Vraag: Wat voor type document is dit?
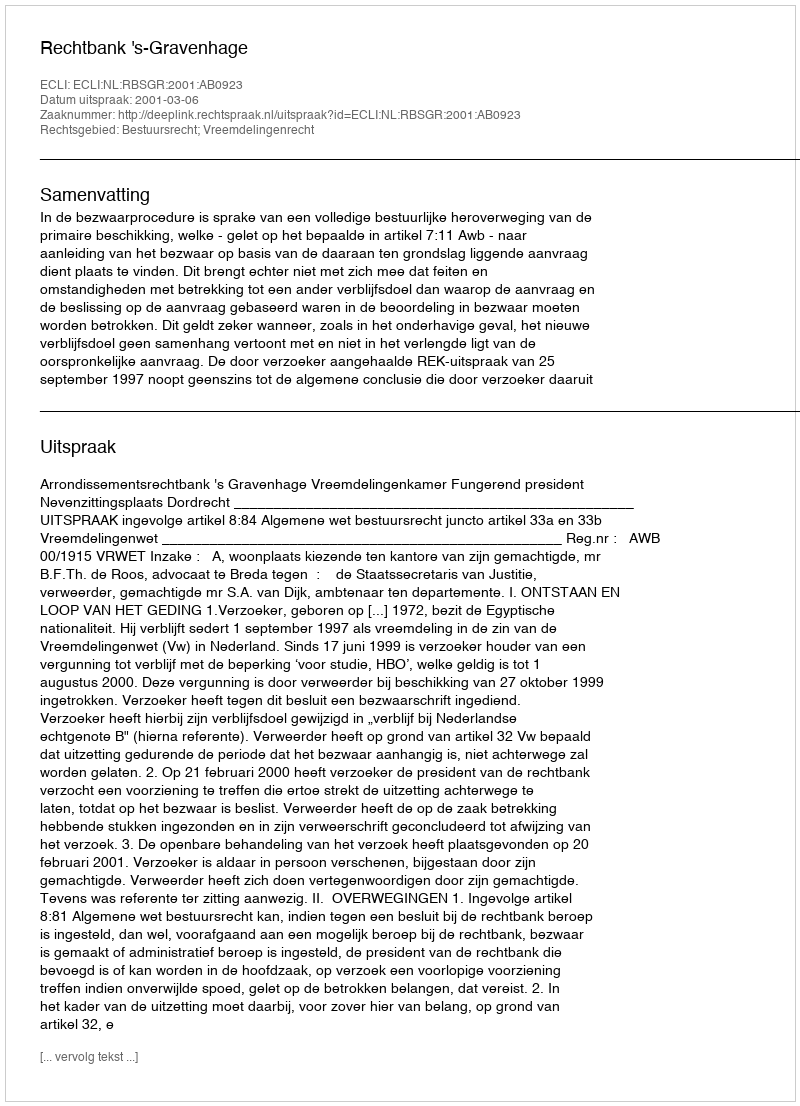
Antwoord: Uitspraak